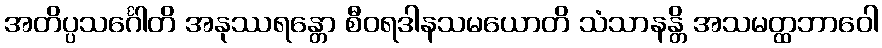
အတိပ္ပသင်္ဂေါတိ အနုဿရန္တော စီဝရဒါနသမယောတိ သံသာနန္တိ အသမတ္ထဘာဝေါ